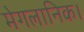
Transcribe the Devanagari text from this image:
मेगलानिक।